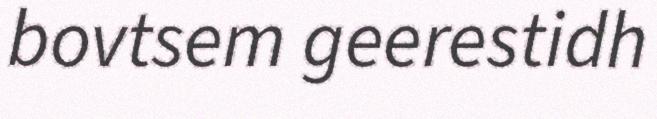
bovtsem geerestidh